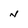
Character: N